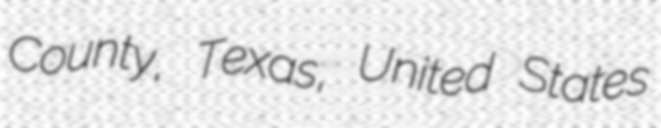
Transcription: County, Texas, United States